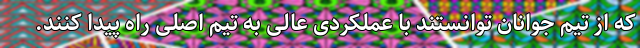
که از تیم جوانان توانستند با عملکردی عالی به تیم اصلی راه پیدا کنند.